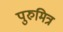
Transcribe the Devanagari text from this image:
पुरुमित्र